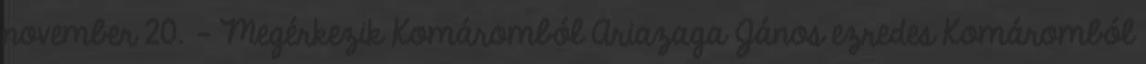
november 20. – Megérkezik Komáromból Ariazaga János ezredes Komáromból